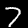
Label: 7